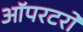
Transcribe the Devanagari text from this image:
ऑपरटरों